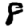
Digit: 8